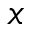
x